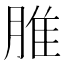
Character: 脽